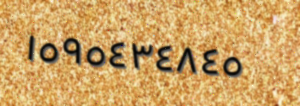
١٥٩٥٤٣٤٨٤٥